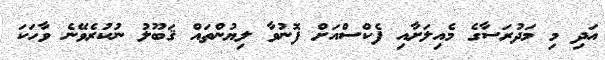
އަދި މި މަދުރަސާގެ މެއިލަށާއި ފެކްސްއަށް ފޮނުވާ ލިޔުންތައް ޤަބޫލު ނުކުރެވޭނެ ވާހަކަ